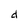
Character: d